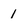
Character: I